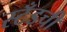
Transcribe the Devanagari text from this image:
स्टँडची